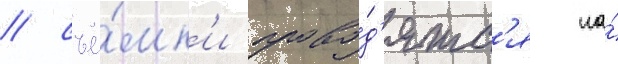
/ съё́мк'и прово́д'ятс'я на́